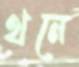
থনে